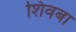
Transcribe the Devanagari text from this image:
शिवबा